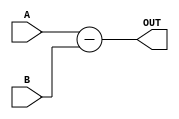
`timescale 1ns / 1ps
//////////////////////////////////////////////////////////////////////////////////
// Company: 
// Engineer: 
// 
// Design Name: 
// Module Name: SUB_AB
// Project Name: 
// Target Devices: 
// Tool Versions: 
// Description: 
// 
// Dependencies: 
// 
// Revision:
// Revision 0.01 - File Created
// Additional Comments:
// 
//////////////////////////////////////////////////////////////////////////////////


module SUB_AB
#(parameter WIDTH3 = 8)
(A , B , OUT );
    
    input [WIDTH3-1:0] A, B ;
    output [WIDTH3-1:0] OUT ;
    
    assign OUT = A-B ;
endmodule